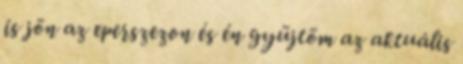
is jön az eperszezon és én gyüjtöm az aktuális